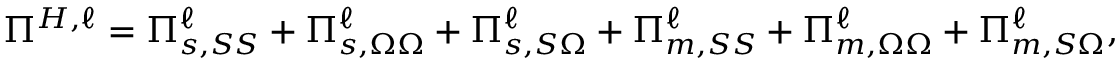
\Pi ^ { H , \ell } = \Pi _ { s , S S } ^ { \ell } + \Pi _ { s , \Omega \Omega } ^ { \ell } + \Pi _ { s , S \Omega } ^ { \ell } + \Pi _ { m , S S } ^ { \ell } + \Pi _ { m , \Omega \Omega } ^ { \ell } + \Pi _ { m , S \Omega } ^ { \ell } ,